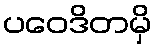
ပဝေဒိတမှိ